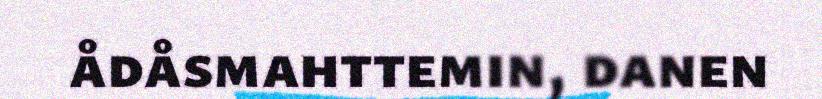
ådåsmahttemin, danen